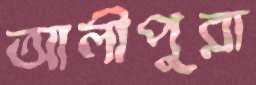
আলীপুরা